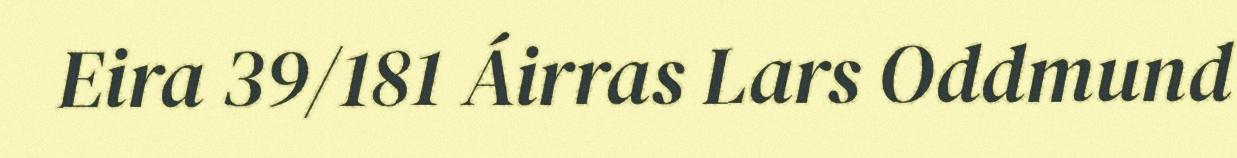
Eira 39/181 Áirras Lars Oddmund